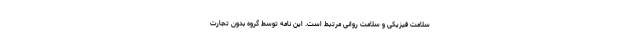
سلامت فیزیکی و سلامت روانی مرتبط است. این نامه توسط گروه بدون تجارت